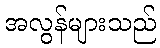
အလွန်များသည်